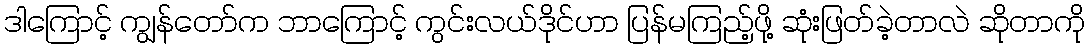
ဒါကြောင့် ကျွန်တော်က ဘာကြောင့် ကွင်းလယ်ဒိုင်ဟာ ပြန်မကြည့်ဖို့ ဆုံးဖြတ်ခဲ့တာလဲ ဆိုတာကို